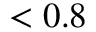
< 0 . 8